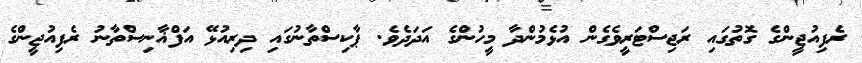
ރެފިއުޖީންގެ ގޮތުގައި ރަޖިސްޓަރީވެގެން އުޅެމުންދާ މީހުންގެ އަދަދެވެ. ޕާކިސްތާނުގައި ދިރިއުޅޭ އަފްޣާނިސްތާނު ރެފިއުޖީންގެ